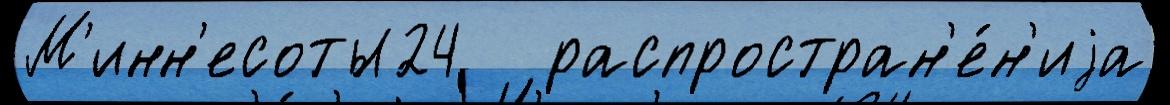
М'инн'есоты24   распростран'е́н'иjа